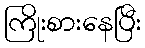
ကြိုးစားနေပြီး